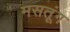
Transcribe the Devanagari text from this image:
मसतूंग